Vital statistics of India. Vol. IV, Annual returns from 1871 to 1876. British Army of India, Native Army and jails of Bengal
Year: 1871
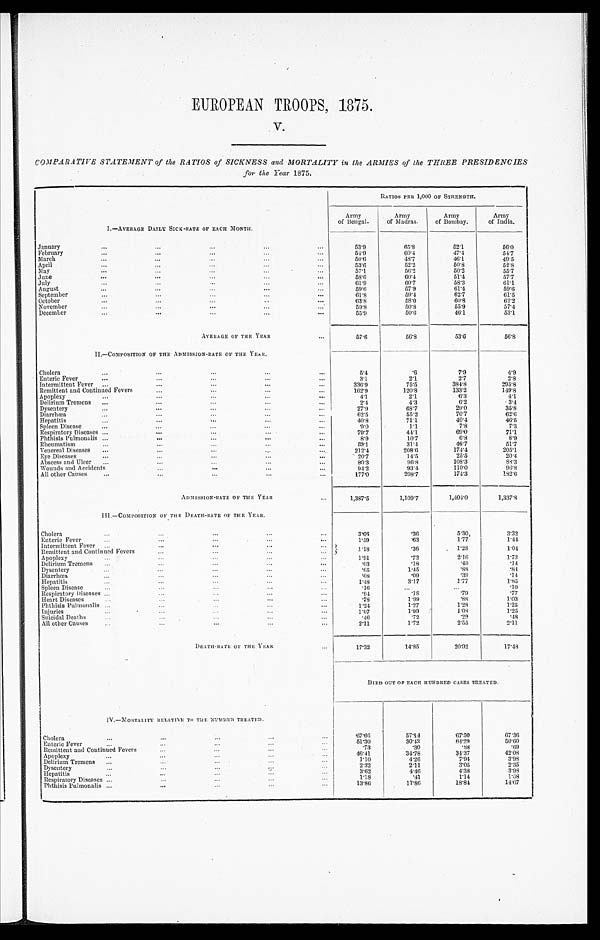
EUROPEAN TROOPS, 1875.
v.
COMPARATIVE STATEMENT of the RATIOS of SICKNESS and MORTALITY in the ARMIES of the THREE PRESIDENCIES
for the Year 1875.
RATIOS PER 1,000 OF STRENGTH.
I.—AVERAGE DAILY SICK-RATE OF EACH MONTH.
Army
of Bengal.
Army
of Madras.
Army
of Bombay.
Army
of India.
January
5 3 . 9
6 5 . 8
52.1
5 6 . 0
February
5 4 . 9
6 0 . 4
47.4
5 4 . 7
March
5 0 . 6
4 8 . 7
46.1
4 9 . 5
April
5 3 . 6
5 2 . 2
50.8
5 2 . 8
May
5 7 . 1
5 6 . 2
50.2
5 5 . 7
June
5 8 . 6
6 0 . 4
51.4
5 7 . 7
July
6 1 . 9
6 0 . 7
58.3
6 1 . 1
August
59.6
5 7 . 9
61.4
5 9 . 6
September
6 1 . 8
5 9 . 4
62.7
6 1 . 5
October
6 3 . 8
5 8 . 0
60.8
6 2 . 2
November
5 9 . 8
5 0 . 8
55.9
5 7 . 4
December
5 5 . 9
5 0 . 6
46.1
53.1
AVERAGE OF THE YEAR
5 7 . 6
5 6 . 8
53.6
5 6 . 8
I I . —COMPOSI TI ON OF THE ADMI SSI ON- RATE OF THE YEAR.
Cholera
5. 4
.6
7 . 9
4 . 9
Enteric Fever
3 . 1
2. 1
2 . 7
2 . 8
Intermittent Fever
336. 9
75. 5
384. 8
2 9 5 . 8
Remittent and Continued Fevers
162. 9
120. 8
133. 2
1 4 9 . 8
Apoplexy
4. 1
2. 1
6. 3
4 . 1
Delirium Tremens
2. 4
4. 3
6 . 2
3 . 4
Dysentery
27. 9
68. 7
29. 0
3 5 . 8
Diarrhœa
62. 5
55. 2
70. 7
6 2 . 6
Hepatitis
40. 8
71.1
40. 4
4 6 . 5
Spleen Disease
9. 0
1.1
7 . 8
7 . 3
Respiratory Diseases
79. 7
44. 1
69. 0
7 1 . 1
Phthisis Pulmonalis
8. 9
10. 7
6 . 8
8 . 9
Rheumatism
59.1
31. 4
46. 7
5 1 . 7
Venereal Diseases
212. 4
208. 6
174. 4
2 0 5 . 1
Eye Diseases
20. 7
14. 5
25. 5
2 0 . 4
Abscess and Ulcer
80. 3
96. 8
108. 3
8 8 . 3
Wounds and Accidents
94. 2
93. 4
110. 0
9 6 . 8
All other Causes
177. 0
208. 7
174. 3
1 8 2 . 6
ADMISSION-RATE OF THE YEAR
1, 387. 5
1, 109. 7
1, 404. 0
1 , 3 3 7 . 8
I I I . — C O M P O S I T I O N O F T H E D E A T H - R A T E O F T H E Y E A R .
Cholera
3. 66
. 36
5. 30
3 . 3 2
Enteric Fever
1. 59
.63
1. 77
1 . 4 4
Intermittent Fever
1.18
. 36
1. 28
1 . 0 4
Remittent and Continued Fevers
Apoplexy
1. 91
.72
2. 16
1 . 7 3
Delirium Tremens
.03
.18
.49
. 1 4
Dysentery
.65
1. 45
.88
. 8 4
Diarrhœa
.08
.09
. 39
.14
Hepatitis
1. 48
3.17
1. 77
1 . 8 5
Spleen Disease
.16
.10
Respiratory Diseases
. 94
. 1 8
.79
.77
Heart Diseases
.78
1.99
. 8 8
1 . 0 3
Phthisis Pulmonalis
1.24
1. 27
1. 28
1 . 2 5
Injuries
1.07
1. 99
1. 08
1.25
Suicidal Deaths
. 46
.72
.29
.48
All other Causes
2. 11
1.72
2. 55
2 . 1 1
DEATH-RATE OF THE YEAR
17. 32
14. 85
20. 92
1 7 . 4 8
DIED OUT OF EACH HUNDRED CASES TREATED.
I V. —MORTALI TY RELATI VE TO THE NUMBER TREATED.
Cholera
67. 66
57. 14
67. 50
6 7 . 3 6
Enteric Fever
51. 30
30. 43
64. 29
5 0 . 6 0
Remittent and Continued Fevers
. 7 3
.30
. 8 8
. 6 9
Apoplexy
4 6 . 4 1
34. 78
3 4 . 3 7
4 2 . 0 8
Delirium Tremens
1.10
4. 26
7 . 9 4
3 . 9 8
Dysentery
2. 32
2. 11
3. 05
2 . 3 5
Hepatitis
3. 62
4. 46
4. 38
3 . 9 8
Respiratory Diseases
1. 18
.41
1. 14
1 . 0 8
Phthisis Pulmonalis
13. 86
11. 86
18. 84
1 4 . 0 7